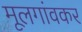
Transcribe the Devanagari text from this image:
मूलगांवकर